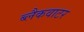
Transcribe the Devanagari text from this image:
ब्लैकवाटर